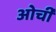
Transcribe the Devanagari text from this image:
ओर्ची